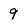
Character: 9